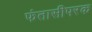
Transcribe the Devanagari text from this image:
फंतासीपरक